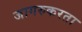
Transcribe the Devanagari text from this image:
जागरुकरता